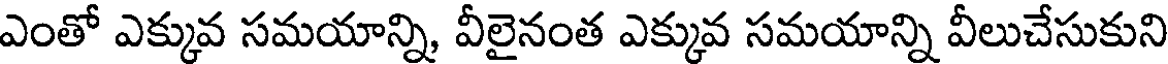
ఎంతో ఎక్కువ సమయాన్ని, వీలైనంత ఎక్కువ సమయాన్ని వీలుచేసుకుని